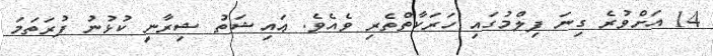
14 އަށްވުރެ ގިނަ ފިލްމުގައި ހަރަކާތްތެރި ވެއެވެ. ޢައިޝަތު ޝިރާނީ ކުޅުނު ފުރަތަމަ